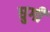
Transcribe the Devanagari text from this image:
घुगी